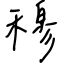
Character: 穆